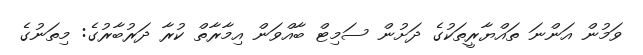
ވަމުން އަންނަ ތައްޔާރީތަކުގެ ދަށުން ސަމިޓް ބާއްވަން އިމާރާތް ކުރާ ދަރުބާރުގެ: މިތަނުގެ